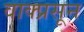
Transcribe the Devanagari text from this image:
वाक्प्रसून